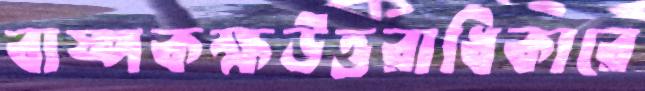
বাষ্পকক্ষউত্তরাধিকারে